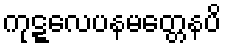
ကုဋ္ဋလေပနမတ္တေနပိ